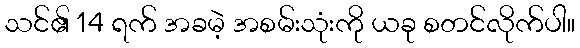
သင်၏ 14 ရက် အခမဲ့ အစမ်းသုံးကို ယခု စတင်လိုက်ပါ။